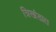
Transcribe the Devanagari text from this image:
त्रिखंडात